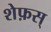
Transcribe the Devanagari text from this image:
शेफ़स्